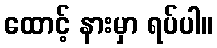
ထောင့် နားမှာ ရပ်ပါ။